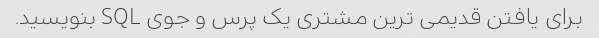
برای یافتن قدیمی ترین مشتری یک پرس و جوی SQL بنویسید.